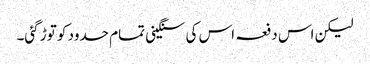
لیکن اس دفعہ اس کی سنگینی تمام حدود کو توڑ گئی۔